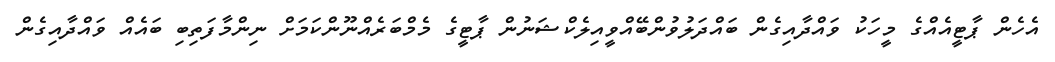
އެހެން ޕާޓީއެއްގެ މީހަކު ވައްދާއިގެން ބައްދަލުވުންބޭއްވީއިލެކްޝަނުން ޕާޓީގެ މެމްބަރެއްނޫންކަމަށް ނިންމާފަތިބި ބައެއް ވައްދާއިގެން